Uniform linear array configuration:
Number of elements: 12
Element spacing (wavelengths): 0.5
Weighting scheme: exponential
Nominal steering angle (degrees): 45
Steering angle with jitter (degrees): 45.914
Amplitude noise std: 0.05
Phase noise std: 0.05

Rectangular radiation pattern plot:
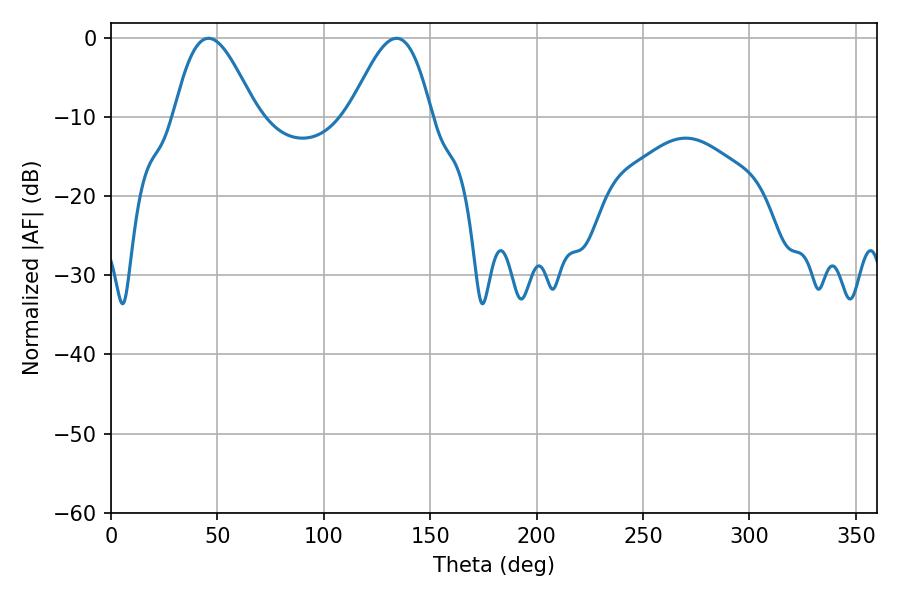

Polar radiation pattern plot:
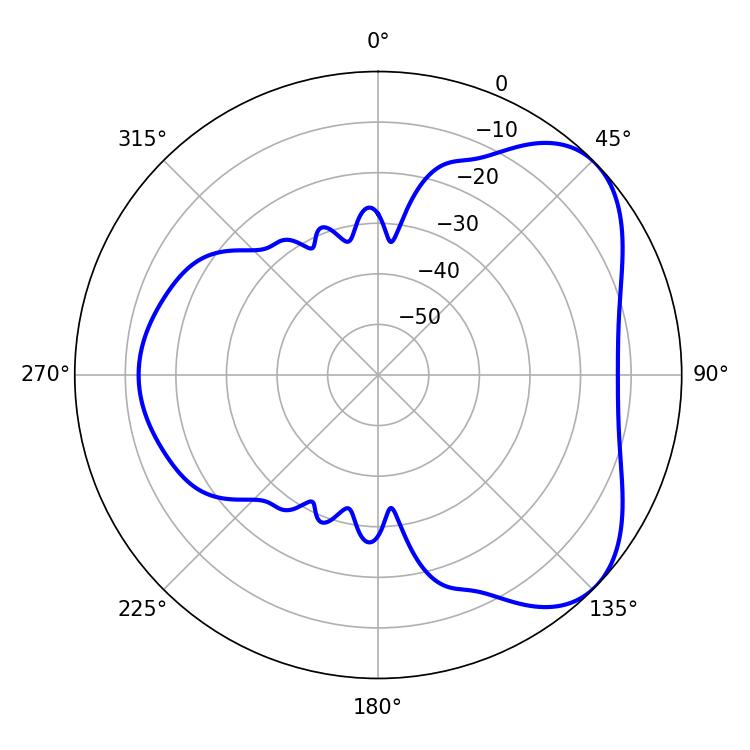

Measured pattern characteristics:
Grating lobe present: FALSE
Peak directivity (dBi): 5.345
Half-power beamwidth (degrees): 20.7
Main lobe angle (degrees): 45.9